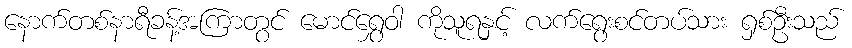
နောက်တစ်နာရီခန့်အကြာတွင် မောင်ရွှေဝါ ကိုသူရနှင့် လက်ရွေးစင်တပ်သား ရှစ်ဦးသည်